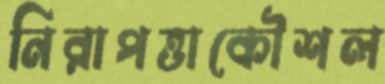
নিরাপত্তাকৌশল